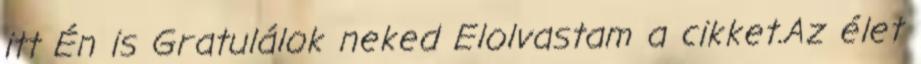
itt Én is Gratulálok neked Elolvastam a cikket.Az élet